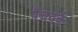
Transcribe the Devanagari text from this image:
पैचवर्क